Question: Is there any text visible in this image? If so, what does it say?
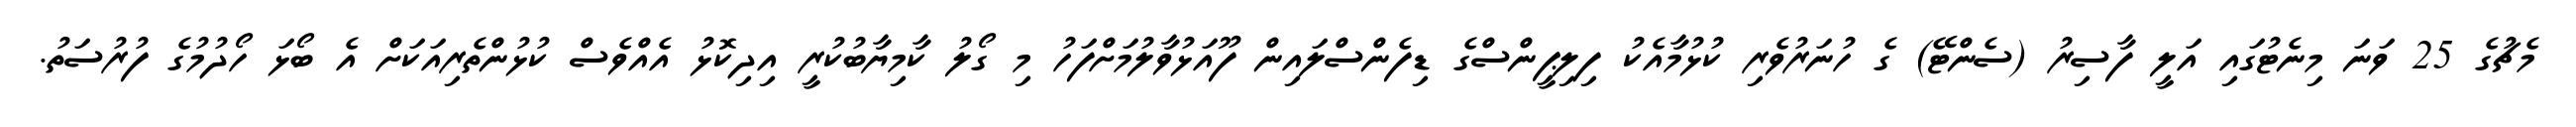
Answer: މެޗުގެ 25 ވަނަ މިނެޓުގައި އަލީ ފާސިރު (ސެންޓޭ) ގެ ހުނަރުވެރި ކުޅުމާއެކު ފިލިޕީންސްގެ ޑިފެންސްލައިން ފޫއަޅުވާލުމަށްފަހު މި ގޯލު ކާމިޔާބުކުރީ އިދިކޮޅު އެއްވެސް ކުޅުންތެރިއަކަށް އެ ބޯޅަ ހޯދުމުގެ ފުރުސަތު.